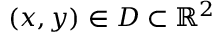
( x , y ) \in D \subset \mathbb { R } ^ { 2 }